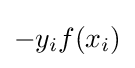
-y_{i}f(x_{i})